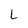
Character: L